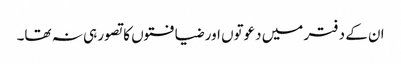
ان کے دفتر میں دعوتوں اور ضیافتوں کا تصور ہی نہ تھا۔